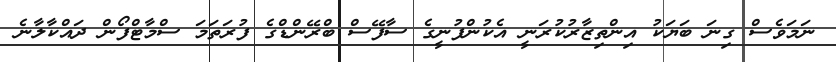
ނަމަވެސް ގިނަ ބަޔަކު އިންތިޒާރުކުރަނީ އެކުންފުނީގެ ސާފޭސް ބްރޭންޑްގެ ފުރަތަމަ ސްމާޓްފޯން ދައްކާލާނެ